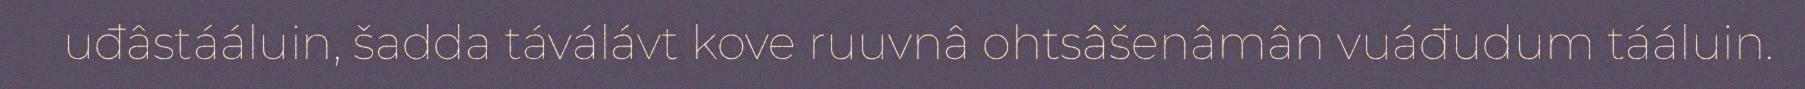
uđâstááluin, šadda táválávt kove ruuvnâ ohtsâšenâmân vuáđudum tááluin.